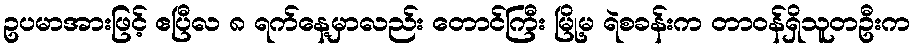
ဥပမာအားဖြင့် ဧပြီလ ၈ ရက်နေ့မှာလည်း တောင်ကြီး မြို့မ ရဲစခန်းက တာဝန်ရှိသူတဦးက